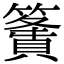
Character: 𥴶